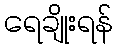
ရေချိုးရန်